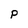
Character: P